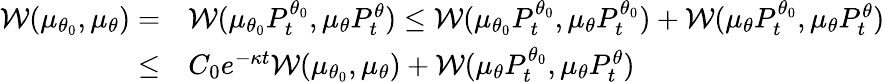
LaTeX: \begin{array}{rl}{\mathcal{W}(\mu_{\theta_{0}},\mu_{\theta})=}&{\mathcal{W}(\mu_{\theta_{0}}P_{t}^{\theta_{0}},\mu_{\theta}P_{t}^{\theta})\leq\mathcal{W}(\mu_{\theta_{0}}P_{t}^{\theta_{0}},\mu_{\theta}P_{t}^{\theta_{0}})+\mathcal{W}(\mu_{\theta}P_{t}^{\theta_{0}},\mu_{\theta}P_{t}^{\theta})}\\ {\leq}&{C_{0}e^{-\kappa t}\mathcal{W}(\mu_{\theta_{0}},\mu_{\theta})+\mathcal{W}(\mu_{\theta}P_{t}^{\theta_{0}},\mu_{\theta}P_{t}^{\theta})}\end{array}